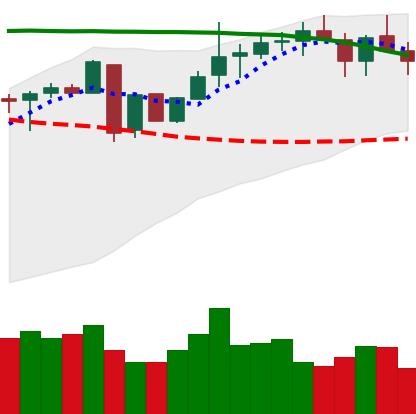
Ticker: LINK-USD
Chart end date: 2018-05-09
Forward return: -4.189%
Label: down_3_5